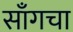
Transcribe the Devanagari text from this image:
साँगचा